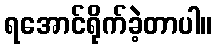
ရအောင်ရိုက်ခဲ့တာပါ။